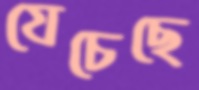
যেচেছে